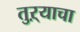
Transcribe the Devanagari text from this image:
तुऱ्याचा